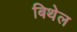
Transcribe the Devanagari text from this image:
बिथेल